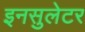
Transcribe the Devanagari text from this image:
इनसुलेटर